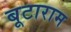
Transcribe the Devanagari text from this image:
बूटाराम